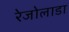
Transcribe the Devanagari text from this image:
रेजोलाडा